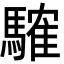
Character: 䮤